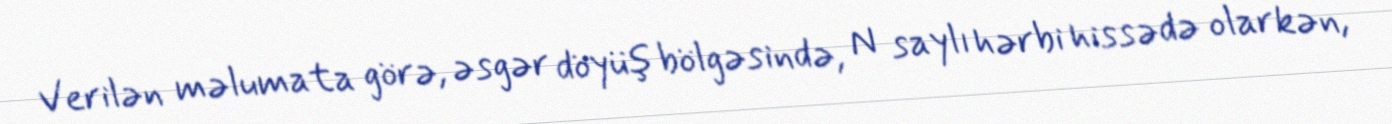
Verilən məlumata görə, əsgər döyüş bölgəsində, N saylı hərbi hissədə olarkən,